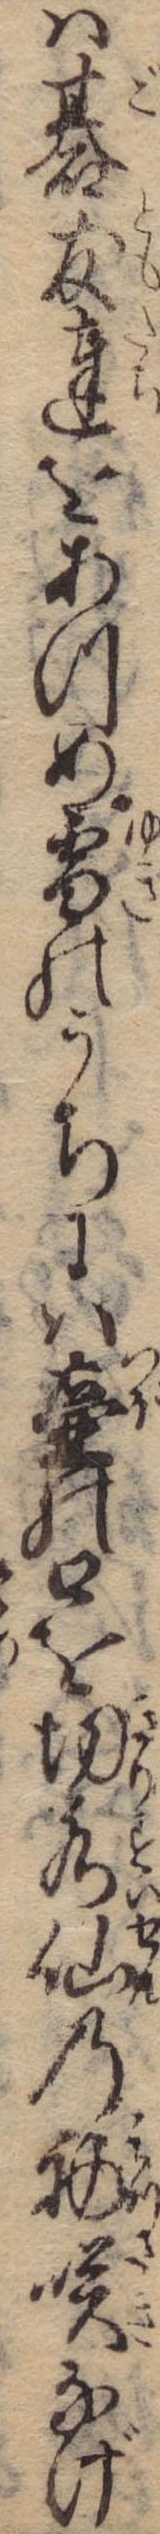
は碁友達をあつめ雪のうちには壷の口を切水仙の初咲なげ